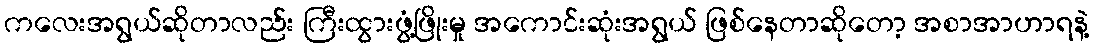
ကလေးအရွယ်ဆိုတာလည်း ကြီးထွားဖွံ့ဖြိုးမှု အကောင်းဆုံးအရွယ် ဖြစ်နေတာဆိုတော့ အစာအာဟာရနဲ့